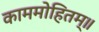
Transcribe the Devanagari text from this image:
काममोहितम्॥